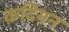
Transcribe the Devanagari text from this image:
क़दियन